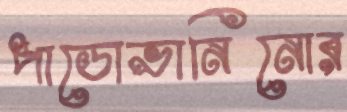
পাডোভানিনোর